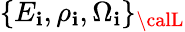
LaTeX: \{ E_{\mathbf{i}},\rho_{\mathbf{i}},\Omega_{\mathbf{i}}\} _{\calL}